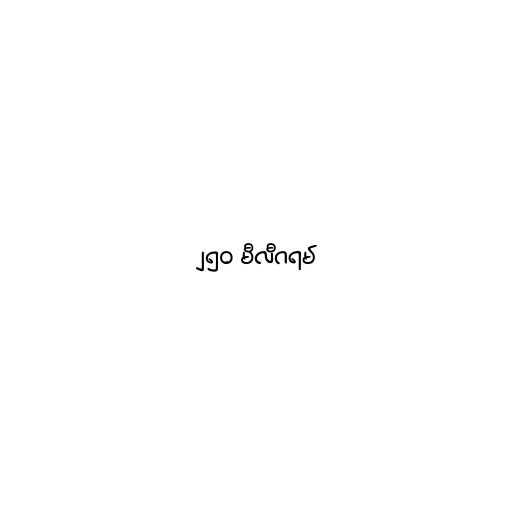
၂၅၀ မီလီဂရမ်